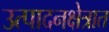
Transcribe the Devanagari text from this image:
उत्पादनक्षेत्रात